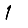
Digit: 1